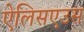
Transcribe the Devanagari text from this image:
ऐलिसएउस